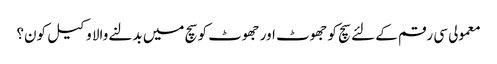
معمولی سی رقم کے لئے سچ کو جھوٹ اور جھوٹ کو سچ میں بدلنے والا وکیل کون؟